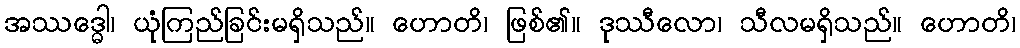
အဿဒ္ဓေါ၊ ယုံကြည်ခြင်းမရှိသည်။ ဟောတိ၊ ဖြစ်၏။ ဒုဿီလော၊ သီလမရှိသည်။ ဟောတိ၊